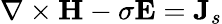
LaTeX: \nabla\times\mathbf{H}-\sigma\mathbf{E}=\mathbf{J}_{s}